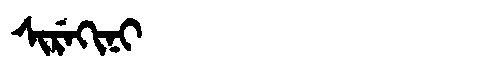
Manchu: ᠰᡳᡵᡝᡴᡳᠨᡳ
Romanization: SIREKINI